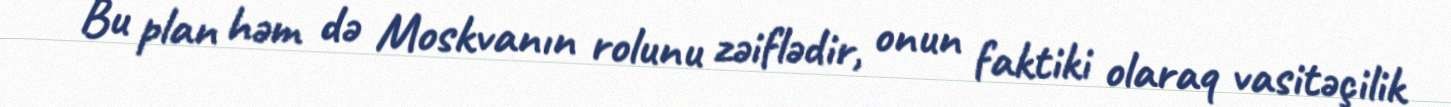
Bu plan həm də Moskvanın rolunu zəiflədir, onun faktiki olaraq vasitəçilik